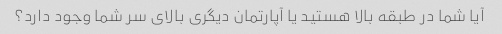
آیا شما در طبقه بالا هستید یا آپارتمان دیگری بالای سر شما وجود دارد؟